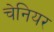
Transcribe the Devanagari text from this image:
चेनियर